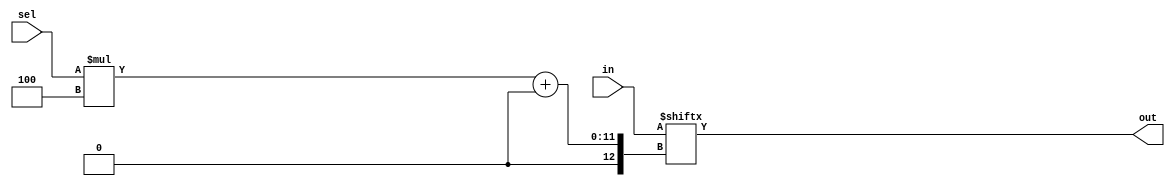
module top_module( 
    input [1023:0] in,
    input [7:0] sel,
    output [3:0] out );
    integer i;
    always@(*)begin
        for(i=0;i<8;i=i+4)begin
            out = in[sel*i +: 4]; 
            //[<start_bit> +: <width.] -->Part select increment from start bit
            //[<start_bit> -: <width.] -->Part select decrement from start bit
            //https://www.chipverify.com/verilog/verilog-scalar-vector
        end
    end

endmodule